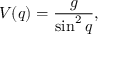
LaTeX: V ( q ) = \frac { g } { \sin ^ { 2 } q } ,